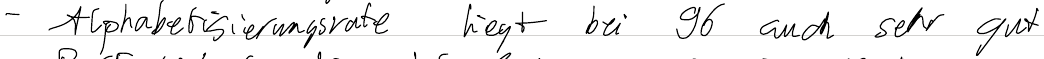
- Alphabetisierungsrate liegt bei 96 auch sehr gut